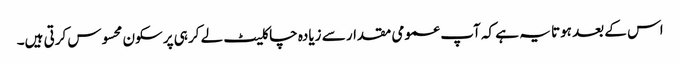
اس کے بعد ہوتا یہ ہے کہ آپ عمومی مقدار سے زیادہ چاکلیٹ لے کر ہی پرسکون محسوس کرتی ہیں۔